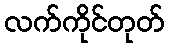
လက်ကိုင်တုတ်